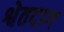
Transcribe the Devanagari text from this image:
श्वेतदाग